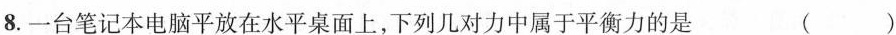
8.一台笔记本电脑平放在水平桌面上，下列几对力中属于平衡力的是 ( )